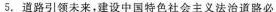
5.道路引领未来，建设中国特色社会主义法治道路必